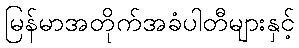
မြန်မာအတိုက်အခံပါတီများနှင့်